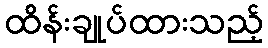
ထိန်းချုပ်ထားသည့်